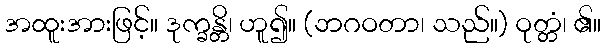
အထူးအားဖြင့်။ ဒုက္ခန္တိ၊ ဟူ၍။ (ဘဂဝတာ၊ သည်။) ဝုတ္တံ၊ ၏။